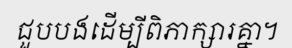
ជួបបងដើម្បីពិភាក្សារគ្នា។